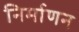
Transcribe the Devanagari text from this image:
निर्माणन